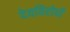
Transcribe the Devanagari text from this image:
देवविरोधी